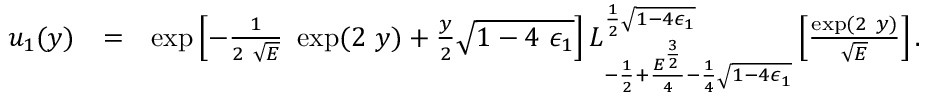
\begin{array} { r l r } { u _ { 1 } ( y ) } & { = } & { \exp \left[ - \frac { 1 } { 2 ~ \sqrt { E } } ~ \exp ( 2 ~ y ) + \frac { y } { 2 } \sqrt { 1 - 4 ~ \epsilon _ { 1 } } \right] L _ { - \frac { 1 } { 2 } + \frac { E ^ { \frac { 3 } { 2 } } } { 4 } - \frac { 1 } { 4 } \sqrt { 1 - 4 \epsilon _ { 1 } } } ^ { \frac { 1 } { 2 } \sqrt { 1 - 4 \epsilon _ { 1 } } } \left[ \frac { \exp ( 2 ~ y ) } { \sqrt { E } } \right] . } \end{array}